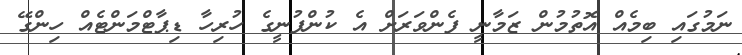
ނަމުގައި ބިމެއް އޮތުމުން ޒަމާނީ ފެންވަރަށް އެ ކުންފުނީގެ ހުރިހާ ޑިޕާޓްމަންޓެއް ހިންގޭ